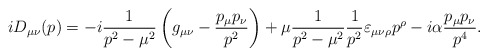
\begin{align*}iD_{\mu\nu}(p)=-i\frac{1}{p^2-\mu^2}\left(g_{\mu\nu}-\frac{p_\mu p_\nu}{p^2}\right)+\mu\frac{1}{p^2-\mu^2}\frac{1}{p^2}\varepsilon_{\mu\nu\rho}p^{\rho}-i\alpha\frac{p_\mu p_\nu}{p^4}.\end{align*}